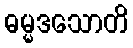
ဓမ္မဒသောတိ